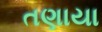
તણાયા